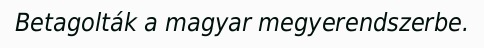
Betagolták a magyar megyerendszerbe.